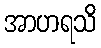
အာဟရသိ